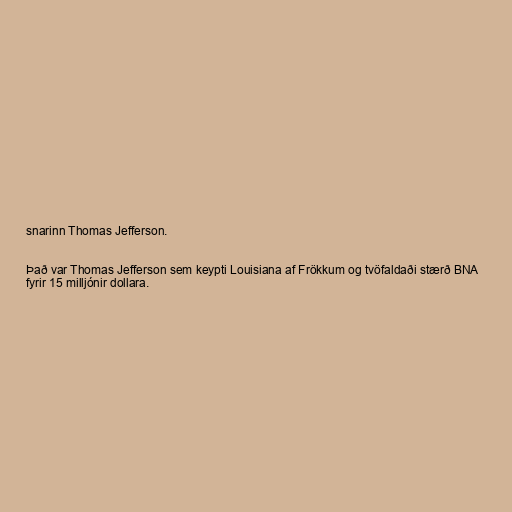
snarinn Thomas Jefferson.

Það var Thomas Jefferson sem keypti Louisiana af Frökkum og tvöfaldaði stærð BNA
fyrir 15 milljónir dollara.